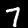
Digit: 7